Tartu_pedagoogiumi_aruanded, lk 26
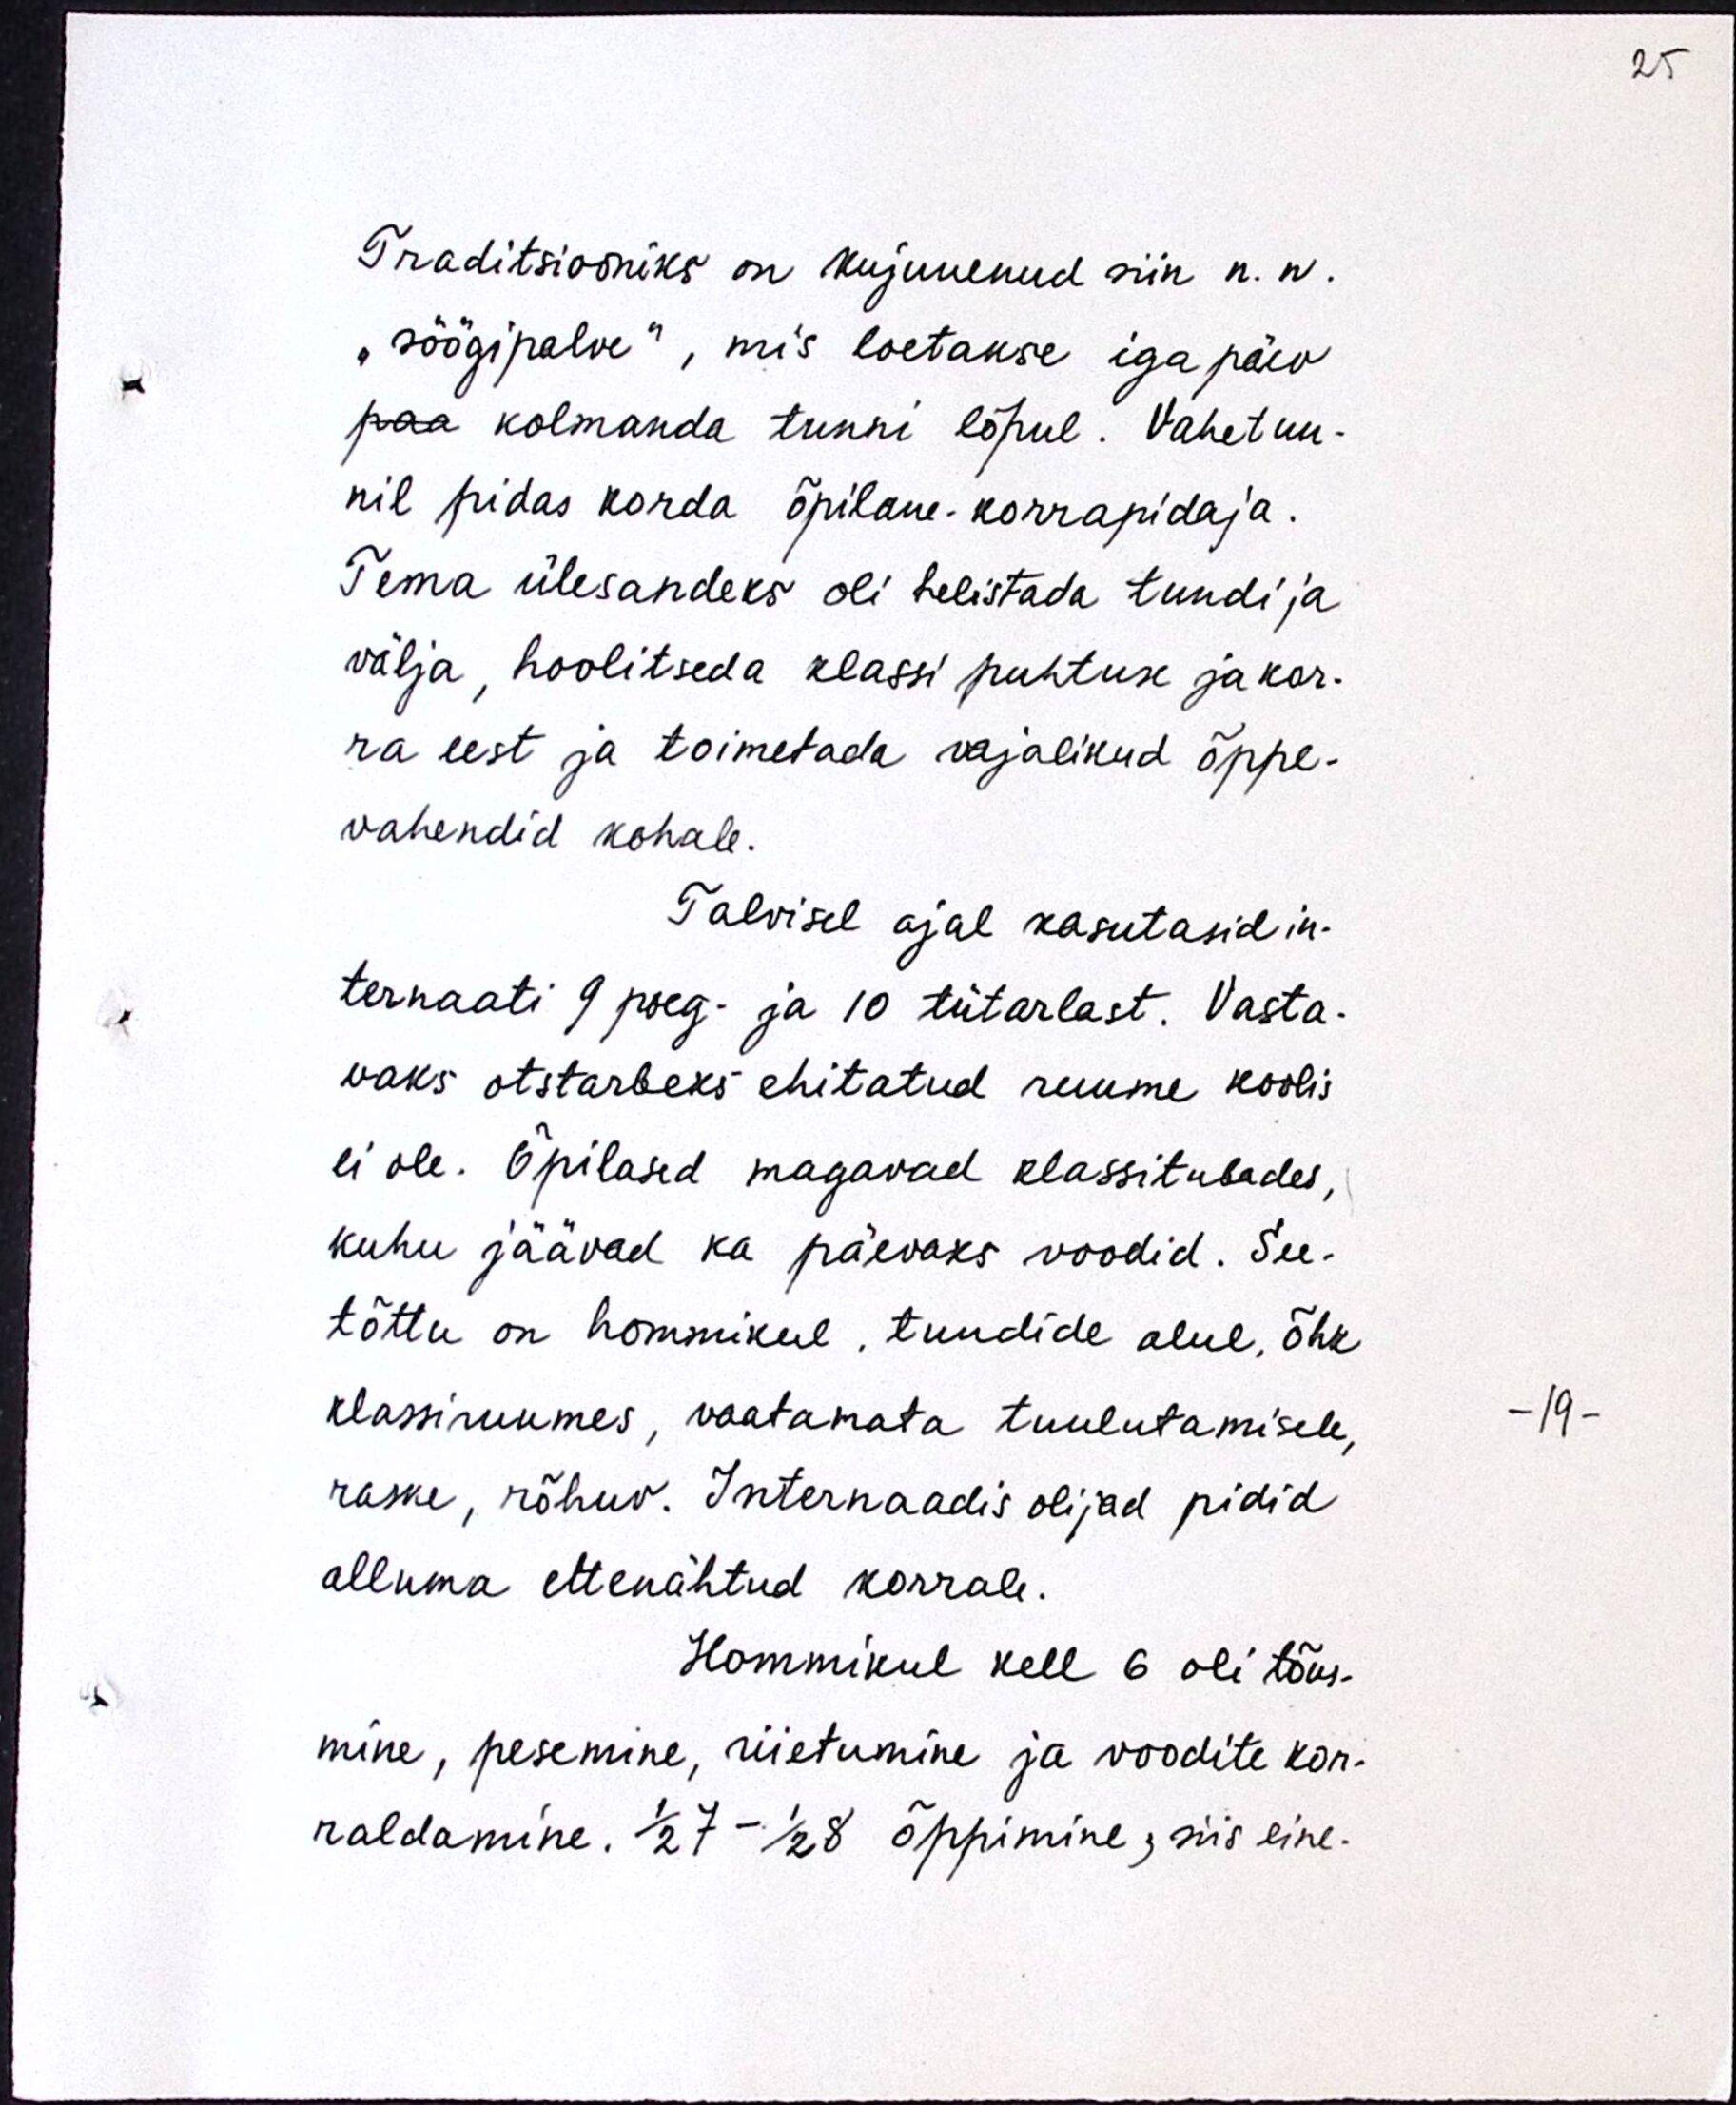
Traditsiooniks on kujunenud siin n.n.
"söögipalve", mis loetakse iga päev
paa kolmanda tunni lõpul. Vahetun-
nil pidas korda õpilane-korrapidaja.
Tema ülesandeks oli helistada tundi ja
välja, hoolitseda klassi puhtuse ja kor-
ra eest ja toimetada vajalikud õppe-
vahendid kohale.
Talvisel ajal kasutasid in-
ternaati 9 poeg- ja 10 tütarlast. Vasta-
vaks otstarbeks ehitatud ruume koolis
ei ole. Õpilased magavad klassitubades,
kuhu jäävad ka päevaks voodid. See-
tõttu on hommikul, tundide alul, õhk
klassiruumes, vaatamata tuulutamisele,
raske, rõhuv. Internaadis olijad pidid
alluma ettenähtud korrale.
Hommikul kell 6 oli tõus-
mine, pesemine, riietumine ja voodite kor-
raldamine. 1/2 7 - 1/2 8 õppimine, siis eine-